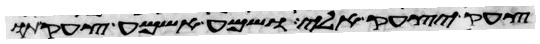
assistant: צעק יצעק אלי שמע אשמע צעקתו